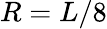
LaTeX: R=L/8